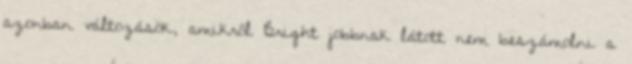
azonban változások, amikről Bright jobbnak látott nem beszámolni a